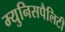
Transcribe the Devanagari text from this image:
म्युनिसपैलिटी